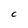
Character: C